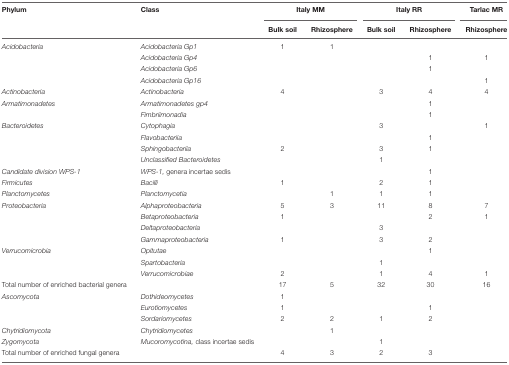
<table><thead><tr><td><b>Phylum</b></td><td><b>Class</b></td><td colspan="2"><b>Italy MM</b></td><td colspan="2"><b>Italy RR</b></td><td><b>Tarlac MR</b></td></tr><tr><td></td><td></td><td><b>Bulk soil</b></td><td><b>Rhizosphere</b></td><td><b>Bulk soil</b></td><td><b>Rhizosphere</b></td><td><b>Rhizosphere</b></td></tr></thead><tbody><tr><td><i>Acidobacteria</i></td><td><i>Acidobacteria Gp1</i></td><td>1</td><td>1</td><td></td><td></td><td></td></tr><tr><td></td><td><i>Acidobacteria Gp4</i></td><td></td><td></td><td></td><td>1</td><td>1</td></tr><tr><td></td><td><i>Acidobacteria Gp6</i></td><td></td><td></td><td></td><td>1</td><td></td></tr><tr><td></td><td><i>Acidobacteria Gp16</i></td><td></td><td></td><td></td><td></td><td>1</td></tr><tr><td><i>Actinobacteria</i></td><td><i>Actinobacteria</i></td><td>4</td><td></td><td>3</td><td>4</td><td>4</td></tr><tr><td><i>Armatimonadetes</i></td><td><i>Armatimonadetes gp4</i></td><td></td><td></td><td></td><td>1</td><td></td></tr><tr><td></td><td><i>Fimbriimonadia</i></td><td></td><td></td><td></td><td>1</td><td></td></tr><tr><td><i>Bacteroidetes</i></td><td><i>Cytophagia</i></td><td></td><td></td><td>3</td><td></td><td>1</td></tr><tr><td></td><td><i>Flavobacteriia</i></td><td></td><td></td><td></td><td>1</td><td></td></tr><tr><td></td><td><i>Sphingobacteriia</i></td><td>2</td><td></td><td>3</td><td>1</td><td></td></tr><tr><td></td><td><i>Unclassified Bacteroidetes</i></td><td></td><td></td><td>1</td><td></td><td></td></tr><tr><td><i>Candidate division WPS-1</i></td><td><i>WPS-1</i>, genera incertae sedis</td><td></td><td></td><td></td><td>1</td><td></td></tr><tr><td><i>Firmicutes</i></td><td><i>Bacilli</i></td><td>1</td><td></td><td>2</td><td>1</td><td></td></tr><tr><td><i>Planctomycetes</i></td><td><i>Planctomycetia</i></td><td></td><td>1</td><td>1</td><td>1</td><td></td></tr><tr><td><i>Proteobacteria</i></td><td><i>Alphaproteobacteria</i></td><td>5</td><td>3</td><td>11</td><td>8</td><td>7</td></tr><tr><td></td><td><i>Betaproteobacteria</i></td><td>1</td><td></td><td></td><td>2</td><td>1</td></tr><tr><td></td><td><i>Deltaproteobacteria</i></td><td></td><td></td><td>3</td><td></td><td></td></tr><tr><td></td><td><i>Gammaproteobacteria</i></td><td>1</td><td></td><td>3</td><td>2</td><td></td></tr><tr><td><i>Verrucomicrobia</i></td><td><i>Opitutae</i></td><td></td><td></td><td></td><td>1</td><td></td></tr><tr><td></td><td><i>Spartobacteria</i></td><td></td><td></td><td>1</td><td></td><td></td></tr><tr><td></td><td><i>Verrucomicrobiae</i></td><td>2</td><td></td><td>1</td><td>4</td><td>1</td></tr><tr><td>Total number of enriched bacterial genera</td><td></td><td>17</td><td>5</td><td>32</td><td>30</td><td>16</td></tr><tr><td><i>Ascomycota</i></td><td><i>Dothideomycetes</i></td><td>1</td><td></td><td></td><td></td><td></td></tr><tr><td></td><td><i>Eurotiomycetes</i></td><td>1</td><td></td><td></td><td>1</td><td></td></tr><tr><td></td><td><i>Sordariomycetes</i></td><td>2</td><td>2</td><td>1</td><td>2</td><td></td></tr><tr><td><i>Chytridiomycota</i></td><td><i>Chytridiomycetes</i></td><td></td><td>1</td><td></td><td></td><td></td></tr><tr><td><i>Zygomycota</i></td><td><i>Mucoromycotina</i>, class incertae sedis</td><td></td><td></td><td>1</td><td></td><td></td></tr><tr><td>Total number of enriched fungal genera</td><td></td><td>4</td><td>3</td><td>2</td><td>3</td><td></td></tr></tbody></table>